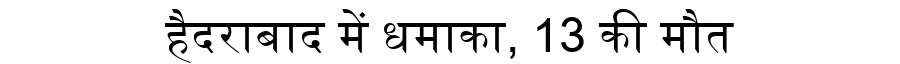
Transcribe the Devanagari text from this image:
हैदराबाद में धमाका, 13 की मौत